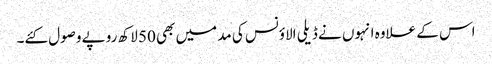
اس کے علاوہ انہوں نے ڈیلی الاؤنس کی مد میں بھی 50 لاکھ روپے وصول کئے۔